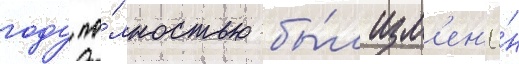
году по́лностью бы́л изм'ен'ё́н